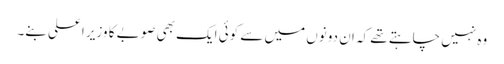
وہ نہیں چاہتے تھے کہ ان دونوں میں سے کوئی ایک بھی صوبے کا وزیر اعلی بنے۔